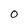
Character: 0